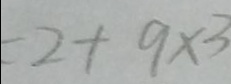
= 2 + 9 \times 3